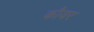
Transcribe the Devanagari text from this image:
कौयर